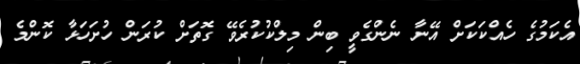
އެކަމުގެ ހެއްކަކަށް އޭނާ ނެންގެވީ ބިން މިލްކުކުރެވޭ ގޮތަށް ކުރަން ހުށަހަޅާ ކޮންމެ